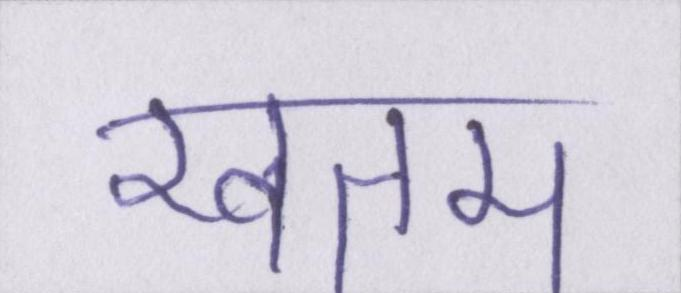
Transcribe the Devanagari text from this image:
खतम